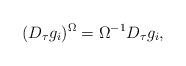
\begin{align*}(D_{\tau}g_{i})^{\Omega}=\Omega^{-1}D_{\tau}g_{i} ,\end{align*}